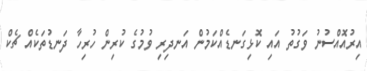
އިރުއޮއްސުނު ވަގުތު އައި ކޮޅިގަނޑެއްކަމުން އަނދިރި ވުމުގެ ކުރިން ހުރިހާ ދަނޑުތަކެއް ޗެކް